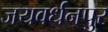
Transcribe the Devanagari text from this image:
जयवर्धनपुर